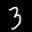
Label: 3